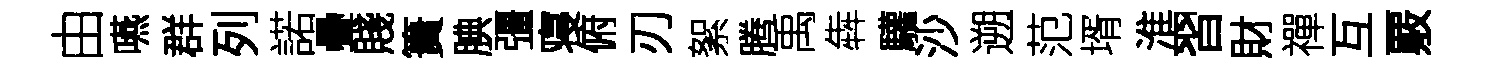
由嚥群列諾疊賤簣腆彊寝俯刃絮腾禹犇驩沙遡范壻淮習財禪互覈